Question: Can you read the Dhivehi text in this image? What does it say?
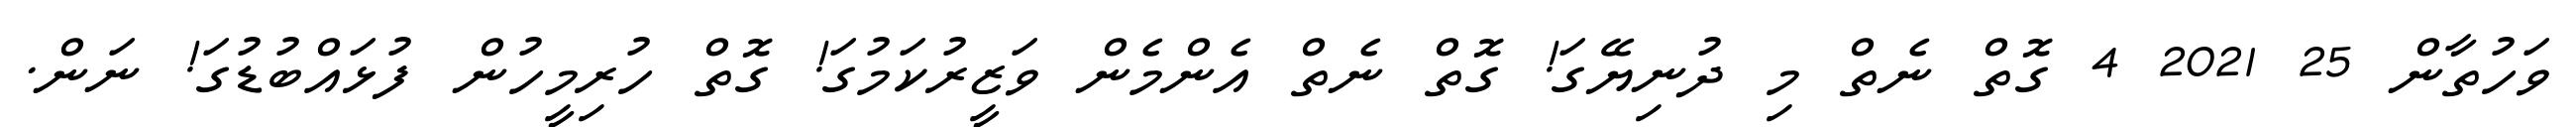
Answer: ވަހުތާން 25 2021 4 ގޮތް ނެތް މި ދުނިޔޭގަ! ގޮތް ނެތް އެންމެން ވަޒީރުކަމުގަ! ގޮތް ހުރިމީހުން ފުޅައްބުޑުގަ! ނަން.